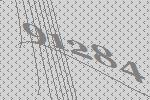
91284